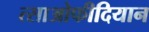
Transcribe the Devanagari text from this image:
त्साओफीदियान